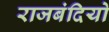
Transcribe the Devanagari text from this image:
राजबंदियो